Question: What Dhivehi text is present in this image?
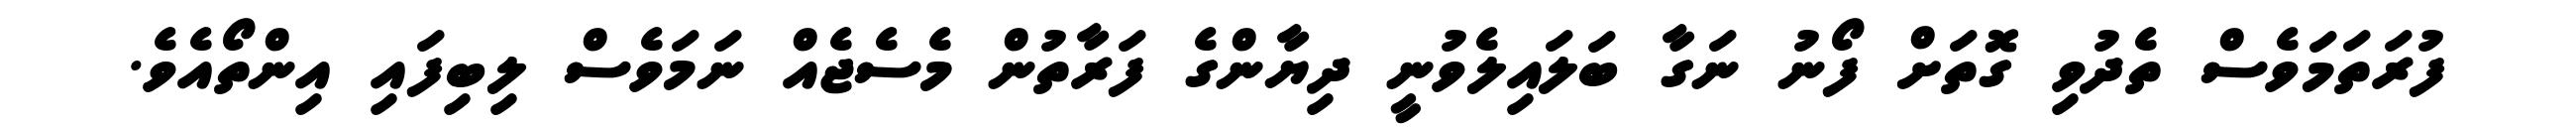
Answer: ފުރަތަމަވެސް ތެދުވި ގޮތަށް ފޯނު ނަގާ ބަލައިލެވުނީ ދިޔާންގެ ފަރާތުން މެސެޖެއް ނަމަވެސް ލިބިފައި އިންތޯއެވެ.